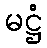
မဋ္ဌံ